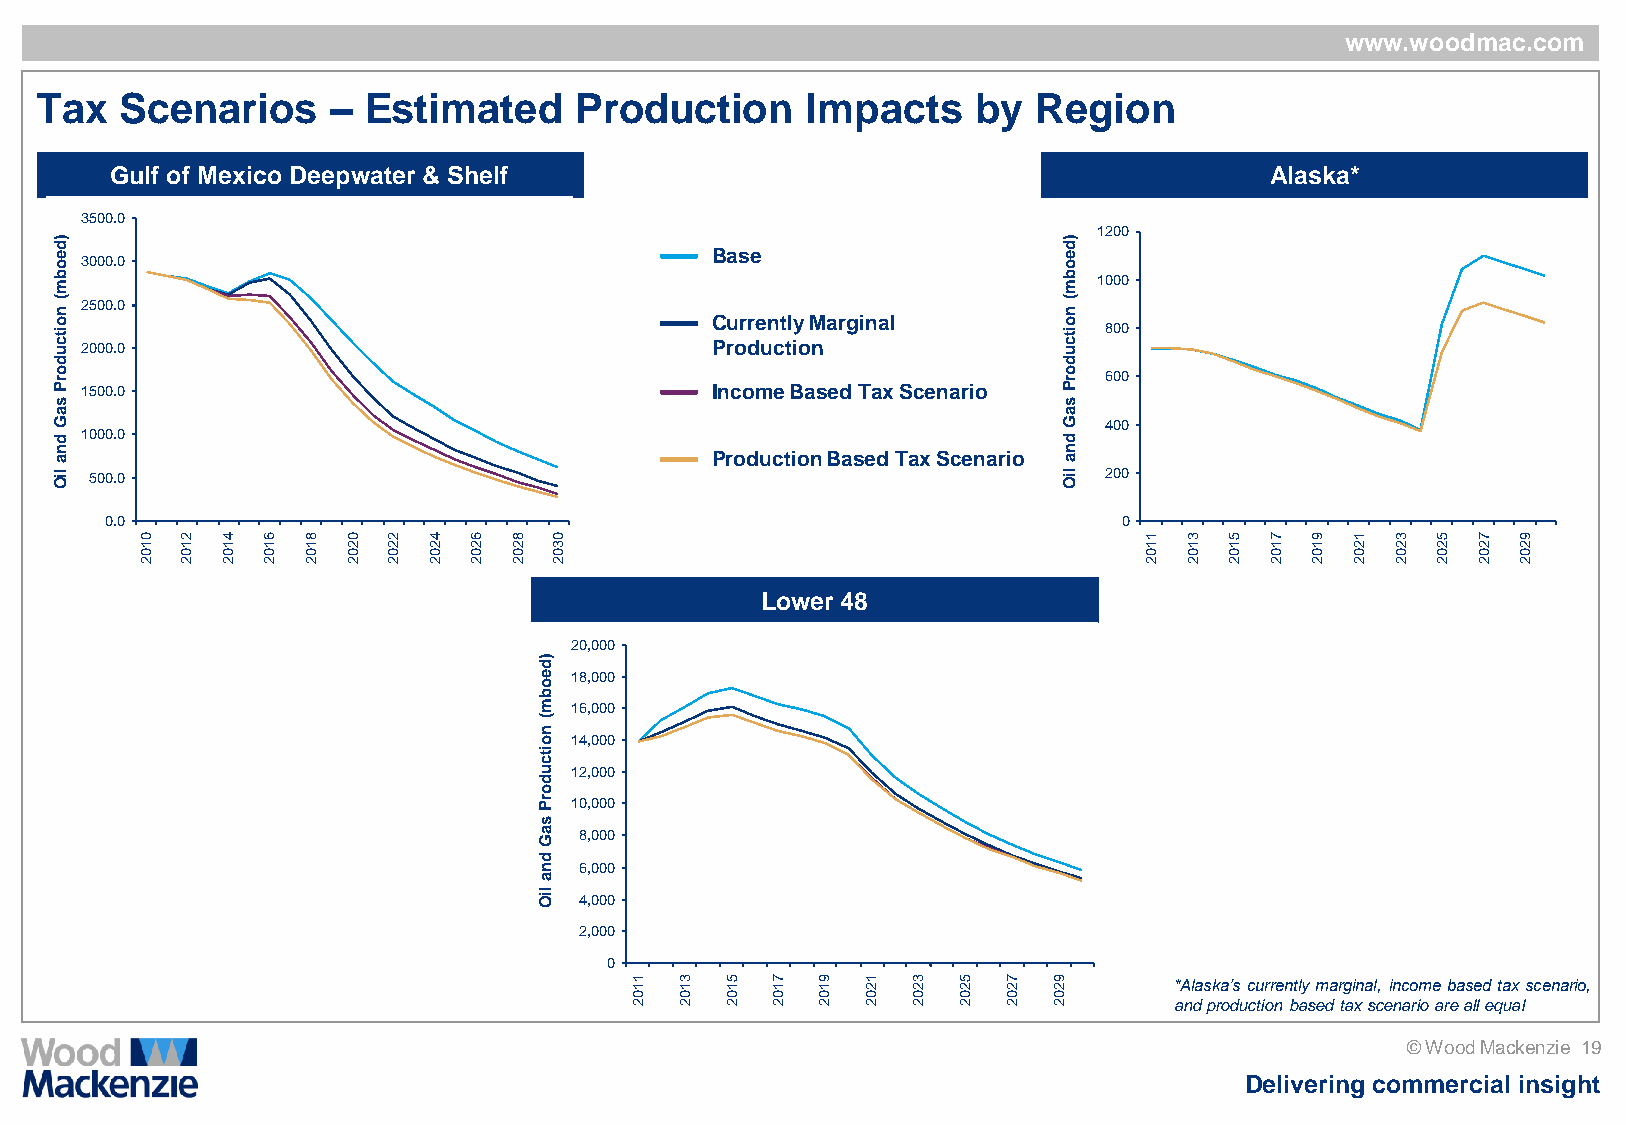
www.woodmac.com
 Tax   Scenarios     – Estimated     Production     Impacts     by Region
 Gulf of Mexico Deepwater & Shelf                                             Alaska*
 3500.0
 )d
 e o 3000.0                                  Base
 )d
 e o
 1200
 b m                                                                b m 1000
 (
 n
 2500.0                                                           (
 n
 o itc
 u 2000.0
 C Pru or dre un ct tl iy
 o
 M narginal      o itc
 u
 800
 d                                                                  d
 o rP
 1500.0                                    Income Based Tax Scenario
 o rP 600
 s                                                                  s
 a                                                                  a
 G                                                                  G  400
 d 1000.0                                                           d
 n a                                         Production Based Tax Scenario n a
 liO 500.0                                                          liO 200
 0.0                                                                0
 0  2  4 6  8  0  2 4  6  8 0                                       1 3  5  7  9 1  3  5  7 9
 1  1  1 1  1  2  2 2  2  2 3                                       1 1  1  1  1 2  2  2  2 2
 0  0  0 0  0  0  0 0  0  0 0                                       0 0  0  0  0 0  0  0  0 0
 2  2  2 2  2  2  2 2  2  2 2                                       2 2  2  2  2 2  2  2  2 2
 Lower 48
 20,000
 )d
 e 18,000
 o
 b
 m 16,000
 (
 n
 o 14,000
 itc
 u 12,000
 d
 o
 rP 10,000
 s
 a G 8,000
 d
 n 6,000
 a
 liO
 4,000
 2,000
 0
 1 1 3 1 5 1 7 1 9 1 1 2 3 2 5 2 7 2 9 2 *Alaska’s currently marginal, income based tax scenario,
 0  0  0  0  0  0  0  0   0  0
 2  2  2  2  2  2  2  2   2  2       and production based tax scenario are all equal
 © Wood Mackenzie 19
 Delivering commercial insight